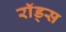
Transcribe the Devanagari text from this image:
राॅड्स